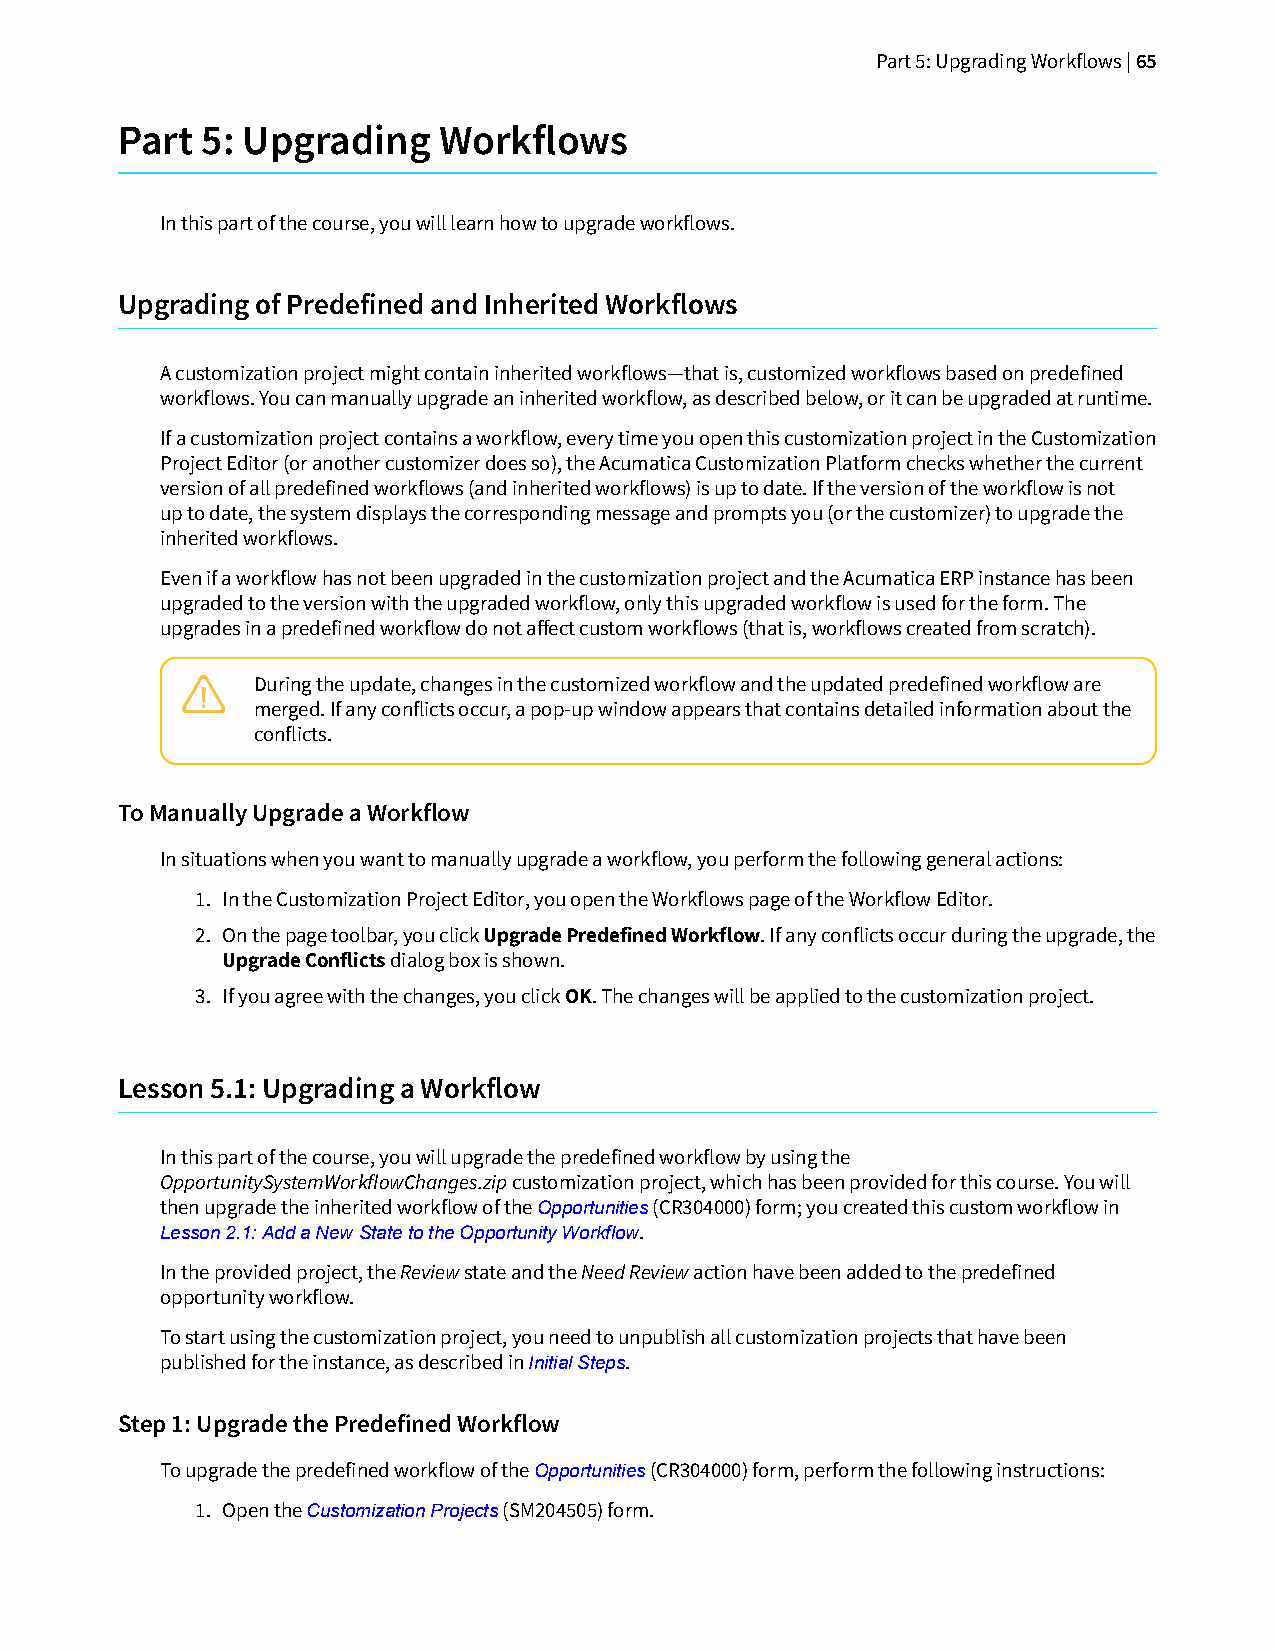
Part 5: Upgrading Workflows | 65
 Part 5: Upgrading    Workflows
 In this part of the course, you will learn how to upgrade workflows.
 Upgrading of Predefined and Inherited Workflows
 A customization project might contain inherited workflows—that is, customized workflows based on predefined
 workflows. You can manually upgrade an inherited workflow, as described below, or it can be upgraded at runtime.
 If a customization project contains a workflow, every time you open this customization project in the Customization
 Project Editor (or another customizer does so), the Acumatica Customization Platform checks whether the current
 version of all predefined workflows (and inherited workflows) is up to date. If the version of the workflow is not
 up to date, the system displays the corresponding message and prompts you (or the customizer) to upgrade the
 inherited workflows.
 Even if a workflow has not been upgraded in the customization project and the Acumatica ERP instance has been
 upgraded to the version with the upgraded workflow, only this upgraded workflow is used for the form. The
 upgrades in a predefined workflow do not affect custom workflows (that is, workflows created from scratch).
 During the update, changes in the customized workflow and the updated predefined workflow are
 merged. If any conflicts occur, a pop-up window appears that contains detailed information about the
 conflicts.
 To Manually Upgrade a Workflow
 In situations when you want to manually upgrade a workflow, you perform the following general actions:
 1. In the Customization Project Editor, you open the Workflows page of the Workflow Editor.
 2. On the page toolbar, you click Upgrade Predefined Workflow. If any conflicts occur during the upgrade, the
 Upgrade Conflicts dialog box is shown.
 3. If you agree with the changes, you click OK. The changes will be applied to the customization project.
 Lesson 5.1: Upgrading a Workflow
 In this part of the course, you will upgrade the predefined workflow by using the
 OpportunitySystemWorkflowChanges.zip customization project, which has been provided for this course. You will
 then upgrade the inherited workflow of the Opportunities (CR304000) form; you created this custom workflow in
 Lesson 2.1: Add a New State to the Opportunity Workflow.
 In the provided project, the Review state and the Need Review action have been added to the predefined
 opportunity workflow.
 To start using the customization project, you need to unpublish all customization projects that have been
 published for the instance, as described in Initial Steps.
 Step 1: Upgrade the Predefined Workflow
 To upgrade the predefined workflow of the Opportunities (CR304000) form, perform the following instructions:
 1. Open the Customization Projects (SM204505) form.